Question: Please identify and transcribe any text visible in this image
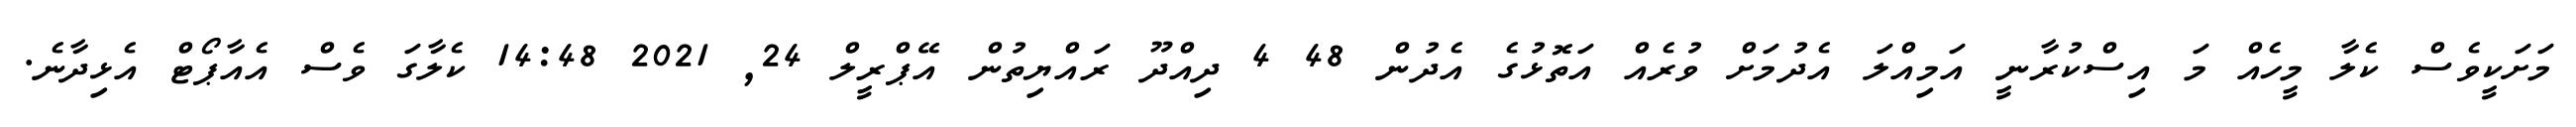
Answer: މަށަކީވެސް ކެލާ މީހެއް މަ އިސްކުރާނީ އަމިއްލަ އެދުމަށް ވުރެއް އަތޮޅުގެ އެދުން 48 4 ދިއްދޫ ރައްޔިތުން އޭޕްރީލް 24, 2021 14:48 ކެލާގަ ވެސް އެއާޕޯޓް އެޅިދާނެ.